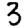
Digit: 3